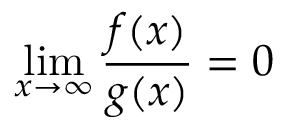
\operatorname* { l i m } _ { x \to \infty } { \frac { f ( x ) } { g ( x ) } } = 0